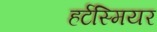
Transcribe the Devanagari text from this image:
हर्टस्मियर